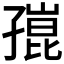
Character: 𡦒